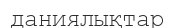
даниялықтар